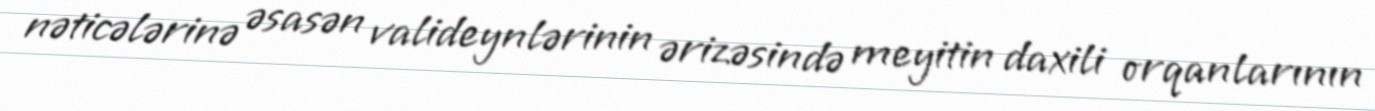
nəticələrinə əsasən valideynlərinin ərizəsində meyitin daxili orqanlarının